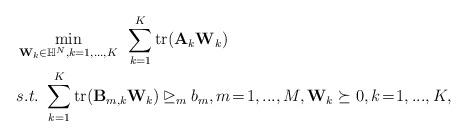
LaTeX: \begin{align*}&\min_{\mathbf{W}_{k}\in\mathbb{H}^{N},k=1,...,K} ~\sum_{k=1}^{K}\textrm{tr}(\mathbf{A}_{k}\mathbf{W}_{k})\\&s.t.~\sum_{k=1}^{K}\textrm{tr}(\mathbf{B}_{m,k}\mathbf{W}_{k})\unrhd_{m} b_{m},m\!=\!1,...,M,\mathbf{W}_{k}\succeq0, k\!=\!1,...,K,\end{align*}